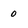
Character: 0